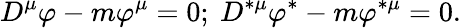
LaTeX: D^{\mu}\varphi-m\varphi^{\mu}=0;\ D^{\ast\mu}\varphi^{\ast}-m\varphi^{\ast\mu}=0.